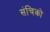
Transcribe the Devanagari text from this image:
संचिको